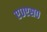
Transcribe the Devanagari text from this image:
ए०एस०